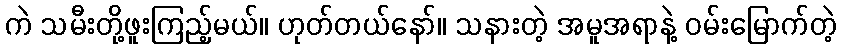
ကဲ သမီးတို့ဖူးကြည့်မယ်။ ဟုတ်တယ်နော်။ သနားတဲ့ အမူအရာနဲ့ ဝမ်းမြောက်တဲ့